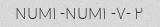
۲ -NUM۱ -NUM۱ -۷